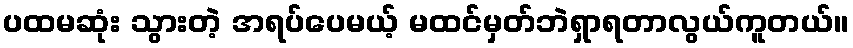
ပထမဆုံး သွားတဲ့ အရပ်ပေမယ့် မထင်မှတ်ဘဲရှာရတာလွယ်ကူတယ်။